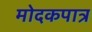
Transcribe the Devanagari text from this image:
मोदकपात्र